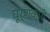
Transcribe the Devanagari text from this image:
घूर्णकारी